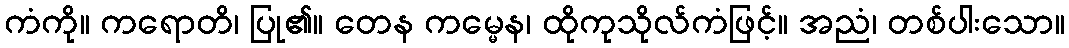
ကံကို။ ကရောတိ၊ ပြု၏။ တေန ကမ္မေန၊ ထိုကုသိုလ်ကံဖြင့်။ အညံ၊ တစ်ပါးသော။